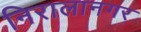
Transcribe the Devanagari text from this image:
निरालानगर